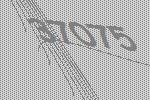
37075